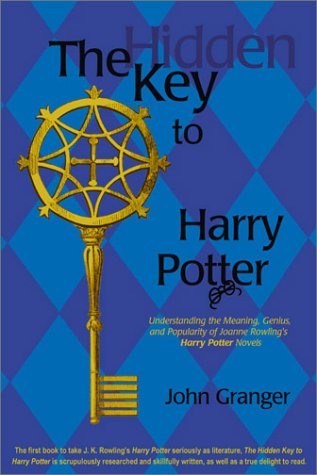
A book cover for The Hidden Key to Harry Potter: Understanding the Meaning, Genius, and Popularity of Joanne Rowling's Harry Potter Novels; John Granger; Science Fiction & Fantasy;